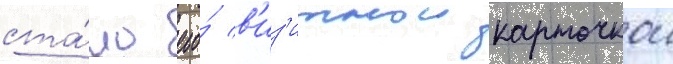
ста́ло его́ в'из'итнои карточкои